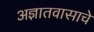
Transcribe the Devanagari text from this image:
अज्ञातवासाचे